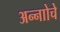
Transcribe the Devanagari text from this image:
अन्नाोचे